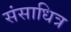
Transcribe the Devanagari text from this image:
संसाधित्र